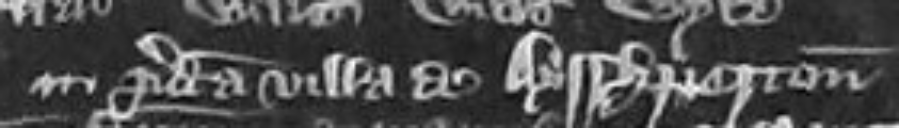
in predicta villa de Ayshperton